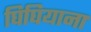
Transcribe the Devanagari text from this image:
घिघियाना